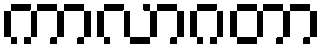
ကာလာဂတာ